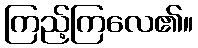
ကြည့်ကြလေ၏။